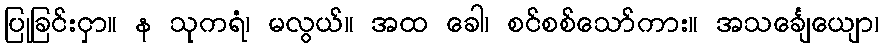
ပြုခြင်းငှာ။ န သုကရံ၊ မလွယ်။ အထ ခေါ၊ စင်စစ်သော်ကား။ အသင်္ချေယျော၊